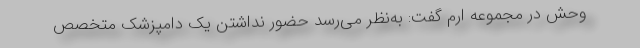
وحش در مجموعه ارم گفت: به‌نظر می‌رسد حضور نداشتن یک دامپزشک متخصص